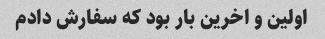
اولین و اخرین بار بود که سفارش دادم